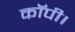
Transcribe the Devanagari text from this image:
कॉपी।